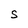
Character: S